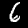
Digit: 6